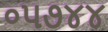
૦૫૭૪૪